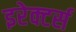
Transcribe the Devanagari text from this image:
इरेक्टर्स